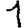
Digit: 1